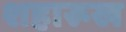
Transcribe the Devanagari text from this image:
शहारूख